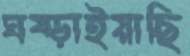
ঘষ্‌ড়াইয়াছি